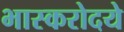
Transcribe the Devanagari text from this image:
भास्करोदये